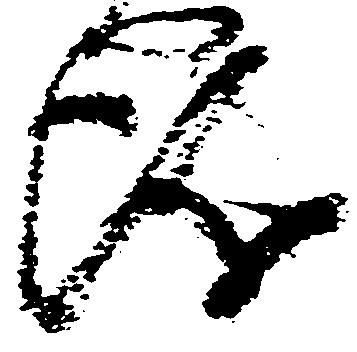
儀